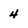
Character: 4